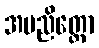
အမညိတ္ထော